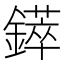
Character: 𲇥